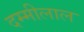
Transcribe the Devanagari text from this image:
दम्मीलाल